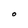
Character: O